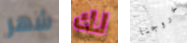
شهر لك خروجنا